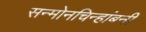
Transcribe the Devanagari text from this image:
सन्माेनचिन्हांबनी